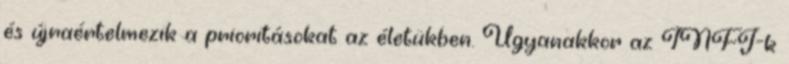
és újraértelmezik a prioritásokat az életükben. Ugyanakkor az INFJ-k